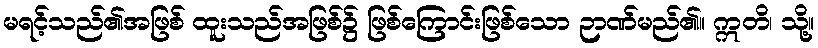
မရင့်သည်၏အဖြစ် ထူးသည်အဖြစ်၌ ဖြစ်ကြောင်းဖြစ်သော ဉာဏ်မည်၏။ ဣတိ၊ သို့။